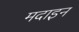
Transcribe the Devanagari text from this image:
मदाइन